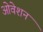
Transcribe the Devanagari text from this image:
ओवेशन